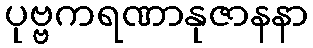
ပုဗ္ဗကရဏာနုဇာနနာ